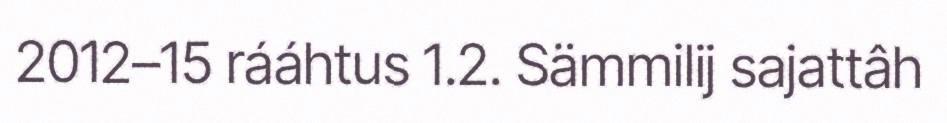
2012–15 rááhtus 1.2. Sämmilij sajattâh